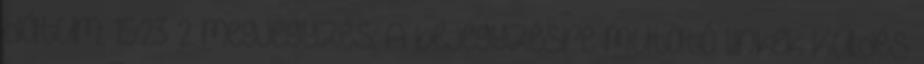
dátum: 15:23 2 megjegyzés: A bejegyzésre mutató linkek Küldés